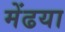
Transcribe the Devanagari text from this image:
मेंढया